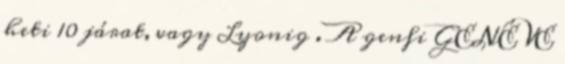
heti 10 járat, vagy Lyonig . A genfi GENÉVE